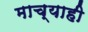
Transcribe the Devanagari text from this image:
माच्याही